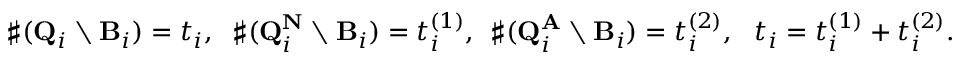
\sharp ( { \bf Q } _ { i } \setminus { \bf B } _ { i } ) = t _ { i } , \; \; \sharp ( { \bf Q } _ { i } ^ { { \bf N } } \setminus { \bf B } _ { i } ) = t _ { i } ^ { ( 1 ) } , \: \: \sharp ( { \bf Q } _ { i } ^ { { \bf A } } \setminus { \bf B } _ { i } ) = t _ { i } ^ { ( 2 ) } , \: \: \: t _ { i } = t _ { i } ^ { ( 1 ) } + t _ { i } ^ { ( 2 ) } . \: \: \: \: \: \: \: \: \: \: